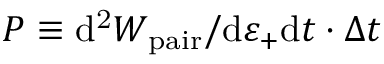
P \equiv \mathrm { d ^ { 2 } } W _ { \mathrm { p a i r } } / \mathrm { d } \varepsilon _ { + } \mathrm { d } t \cdot \Delta t